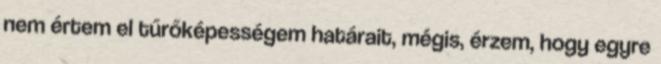
nem értem el tűrőképességem határait, mégis, érzem, hogy egyre